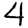
Digit: 4